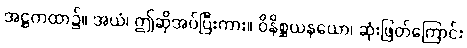
အဋ္ဌကထာ၌။ အယံ၊ ဤဆိုအပ်ပြီးကား။ ဝိနိစ္ဆယနယော၊ ဆုံးဖြတ်ကြောင်း